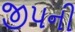
જીપની